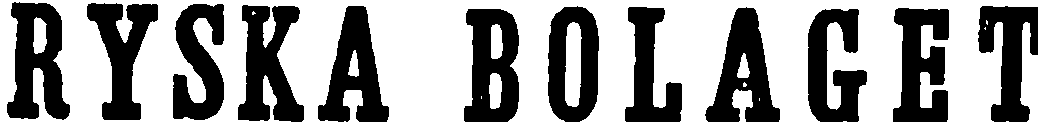
RYSKA BOLAGET